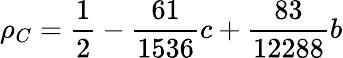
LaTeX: \rho_{C}=\frac{1}{2}-\frac{61}{1536}c+\frac{83}{12288}b